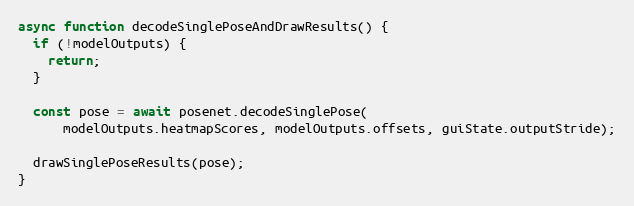
Language: JavaScript
async function decodeSinglePoseAndDrawResults() {
  if (!modelOutputs) {
    return;
  }

  const pose = await posenet.decodeSinglePose(
      modelOutputs.heatmapScores, modelOutputs.offsets, guiState.outputStride);

  drawSinglePoseResults(pose);
}